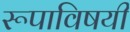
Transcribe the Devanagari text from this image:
रूपाविषयी